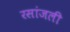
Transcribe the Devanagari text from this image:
रसांजली